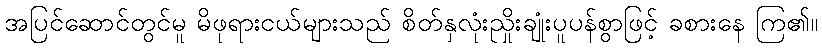
အပြင်ဆောင်တွင်မူ မိဖုရားငယ်များသည် စိတ်နှလုံးညှိုးချုံးပူပန်စွာဖြင့် ခစားနေ ကြ၏။